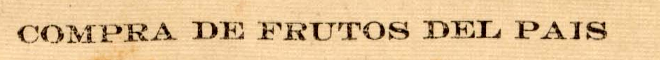
COMPRA DE FRUTOS DEL PAIS